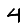
Digit: 4